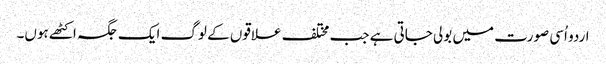
اردو اُسی صورت میں بولی جاتی ہے جب مختلف علاقوں کے لوگ ایک جگہ اکٹھے ہوں۔